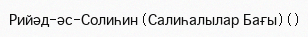
Рийәд-әс-Солиһин (Салиһалылар Бағы) ()